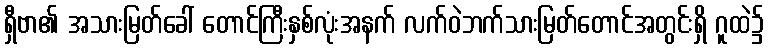
ရှီဗာ၏ အသားမြတ်ခေါ် တောင်ကြီးနှစ်လုံးအနက် လက်ဝဲဘက်သားမြတ်တောင်အတွင်းရှိ ဂူထဲ၌